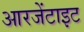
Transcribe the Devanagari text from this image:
आरजेंटाइट